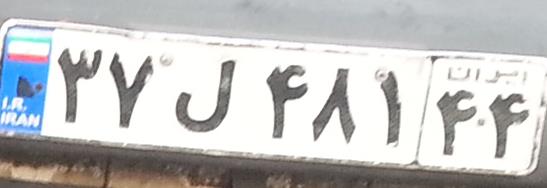
۳۷ل۴۸۱۴۴